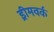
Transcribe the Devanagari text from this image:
ड्रीमवर्क